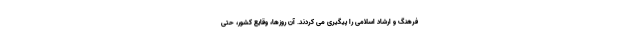
فرهنگ و ارشاد اسلامی را پیگیری می کردند. آن روزها، وقایع کشور، حتی